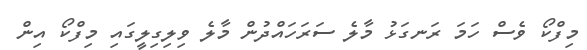
މިފްކޯ ވެސް ހަމަ ރަނގަޅު މާލެ ސަރަހައްދުން މާލެ ވިލިގިލީގައި މިފްކޯ އިން